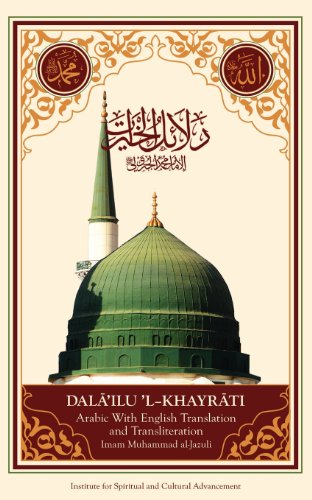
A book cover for Dala'il Al-Khayrat (Original Arabic, Transliteration and Translation to English); Imam Muhammad Ibn Sulayman Al-Jazuli; Religion & Spirituality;